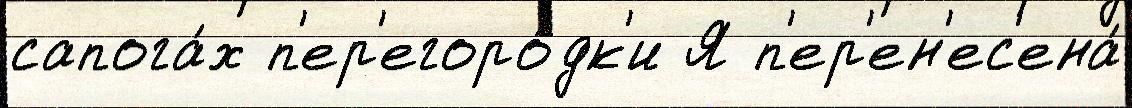
сапога́х п'ер'егоро́дк'и Я п'ер'ен'ес'ена́